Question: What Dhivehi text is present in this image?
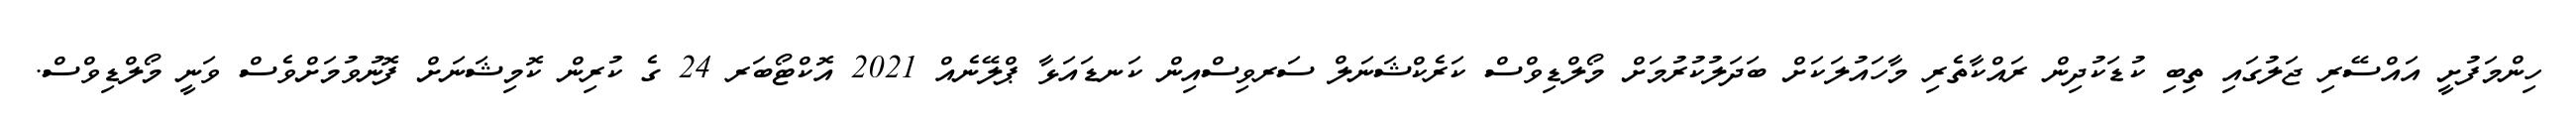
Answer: ހިންމަފުށީ އައްސޭރި ޖަލުގައި ތިބި ކުޑަކުދިން ރައްކާތެރި މާހައުލަކަށް ބަދަލުކުރުމަށް މޯލްޑިވްސް ކަރެކްޝަނަލް ސަރވިސްއިން ކަނޑައަޅާ ޕްލޭނެއް 2021 އޮކްޓޯބަރ 24 ގެ ކުރިން ކޮމިޝަނަށް ފޮނުވުމަށްވެސް ވަނީ މޯލްޑިވްސް.